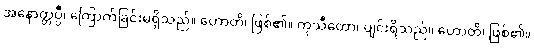
အနောတ္တပ္ပီ၊ ကြောက်ခြင်းမရှိသည်။ ဟောတိ၊ ဖြစ်၏။ ကုသီတော၊ ပျင်းရိသည်။ ဟောတိ၊ ဖြစ်၏။